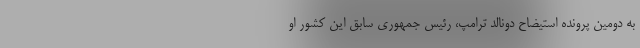
به دومین پرونده استیضاح دونالد ترامپ، رئیس جمهوری سابق این کشور او